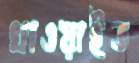
খাওয়াইত